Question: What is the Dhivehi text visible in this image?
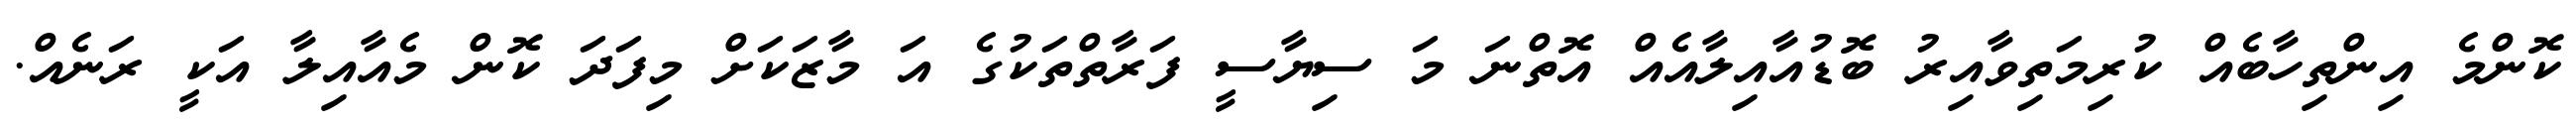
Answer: ކޮންމެ އިންތިހާބެއް ކުރިމަތިވާއިރު ބޮޑުއާއިލާއެއް އޮތްނަ މަ ސިޔާސީ ފަރާތްތަކުގެ އަ މާޒަކަށް މިފަދަ ކޮން މެއާއިލާ އަކީ ރަނެއް.